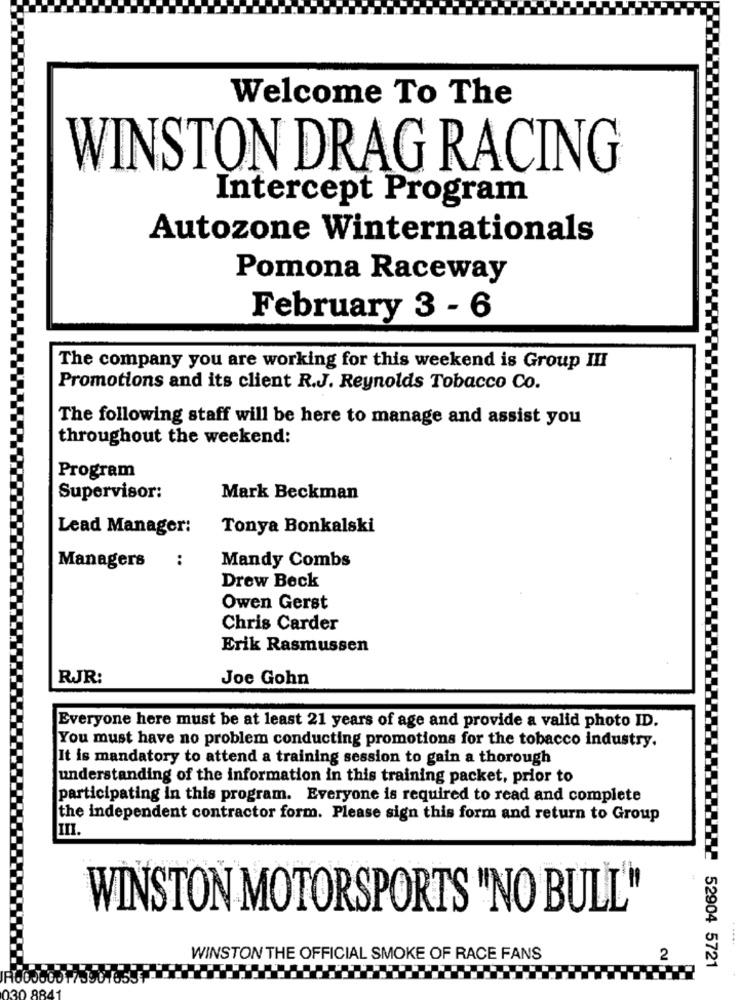
Welcome To The
WINSTON DRAG RACING
Intercept Program
Autozone Winternationals
Pomona Raceway
February 3 - 6
The company you are working for this weekend is Group III
Promotions and its client R.J. Reynolds Tobacco Co.
The following staff will be here to manage and assist you
throughout the weekend:
Program
Supervisor:
Mark Beckman
Lead Manager:
Tonya Bonkalski
Managers
:
Mandy Combs
Drew Beck
Owen Gerst
Chris Carder
Erik Rasmussen
RJR:
Joe Gohn
Everyone here must be at least 21 years of age and provide a valid photo ID.
You must have no problem conducting promotions for the tobacco industry.
It is mandatory to attend a training session to gain a thorough
understanding of the information in this training packet, prior to
participating in this program. Everyone is required to read and complete
the independent contractor form. Please sign this form and return to Group
WINSTON MOTORSPORTS "NO BULL"
WINSTON THE OFFICIAL SMOKE OF RACE FANS
2
52904 5721